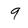
Character: 9